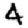
Digit: 4